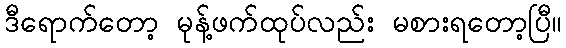
ဒီရောက်တော့ မုန့်ဖက်ထုပ်လည်း မစားရတော့ပြီ။